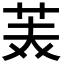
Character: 𮎪